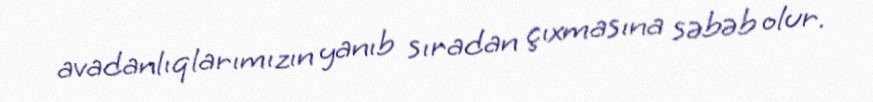
avadanlıqlarımızın yanıb sıradan çıxmasına səbəb olur.